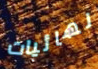
نهائيات